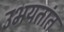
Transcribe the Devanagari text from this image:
उभयतांत